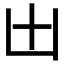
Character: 𠙷